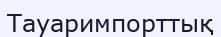
Тауаримпорттық